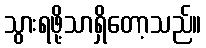
သွားရဖို့သာရှိတော့သည်။